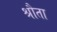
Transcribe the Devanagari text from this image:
श्रौता